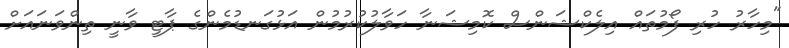
"މިހާރު ހުރި ފޯމުތައް އިލެކްޝަންސް ކޮމިޝަނާ ހަވާލުކުރުމުން އަޅުގަނޑުމެންގެ ޕާޓީ ވާނީ ތިންވަނައަށް